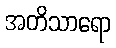
အတိသာရော